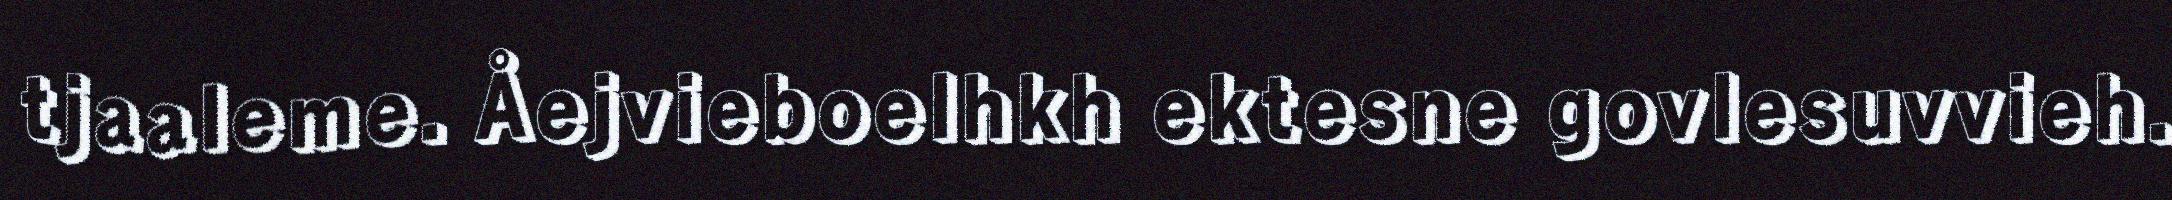
tjaaleme. Åejvieboelhkh ektesne govlesuvvieh.